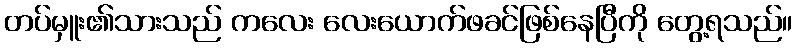
တပ်မှူး၏သားသည် ကလေး လေးယောက်ဖခင်ဖြစ်နေပြီကို တွေ့ရသည်။